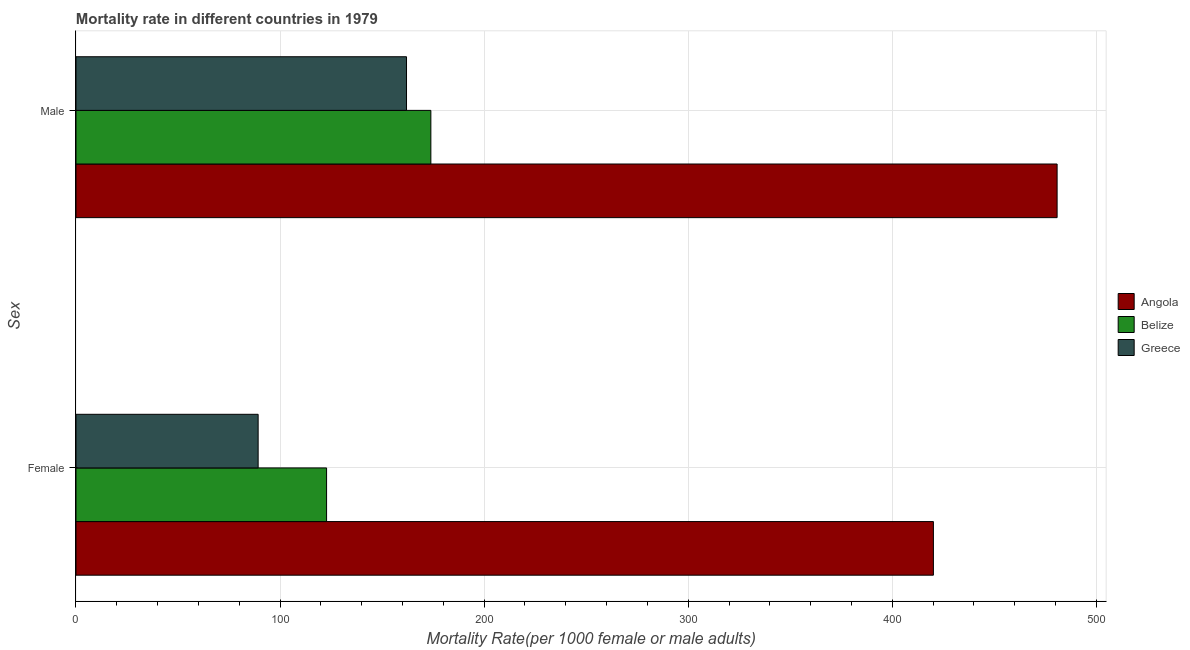
| Sex | Angola | Belize | Greece |
 | --- | --- | --- | --- |
 | Female | 420 | 123 | 89.3 |
 | Male | 481 | 174 | 162 |